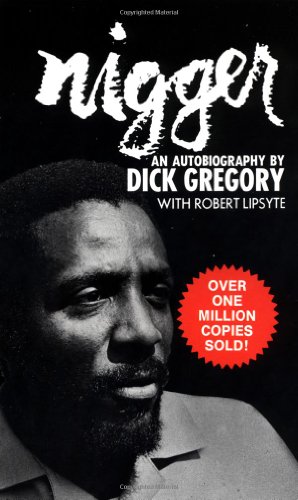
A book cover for Nigger; Dick Gregory; Biographies & Memoirs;